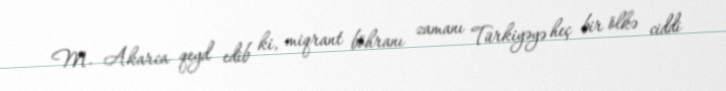
M. Akarca qeyd edib ki, miqrant böhranı zamanı Türkiyəyə heç bir ölkə ciddi